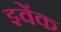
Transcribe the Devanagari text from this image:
इवेंक